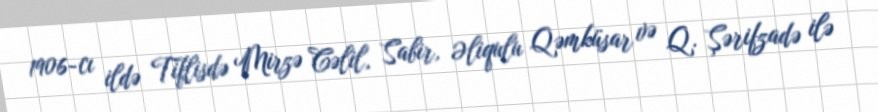
1906-cı ildə Tiflisdə Mirzə Cəlil, Sabir, Əliqulu Qəmküsar və Q. Şərifzadə ilə